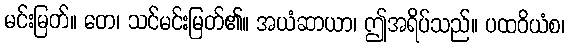
မင်းမြတ်။ တေ၊ သင်မင်းမြတ်၏။ အယံဆာယာ၊ ဤအရိပ်သည်။ ပထဝိယံစ၊